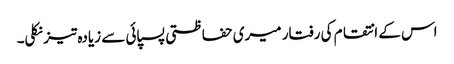
اس کے انتقام کی رفتار میری حفاظتی پسپائی سے زیادہ تیز نکلی۔